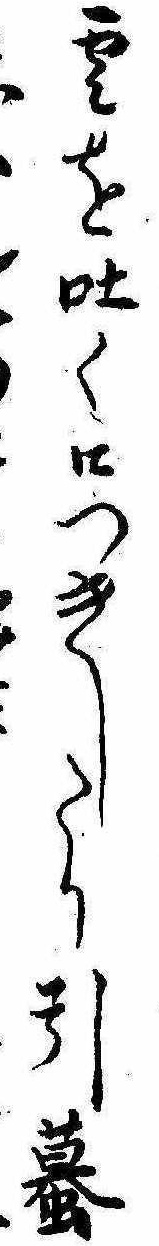
雲を吐く口つきしたり引蟇